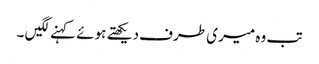
تب وہ میری طرف دیکھتے ہوئے کہنے لگیں ۔